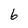
Character: 6